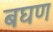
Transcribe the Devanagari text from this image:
बघण